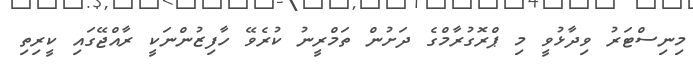
މިނިސްޓަރު ވިދާޅުވީ މި ޕްރޮގުރާމްގެ ދަށުން ތަމްރީނު ކުރެވޭ ހާފިޒުންނަކީ ރާއްޖޭގައި ކީރިތި